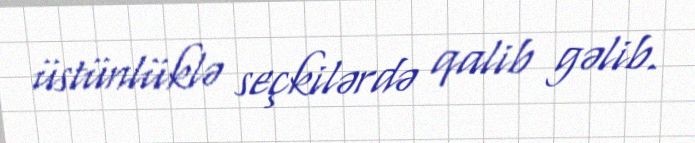
üstünlüklə seçkilərdə qalib gəlib.